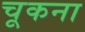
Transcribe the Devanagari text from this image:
चूकना